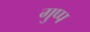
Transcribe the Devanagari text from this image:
गुप्प